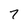
Character: 7